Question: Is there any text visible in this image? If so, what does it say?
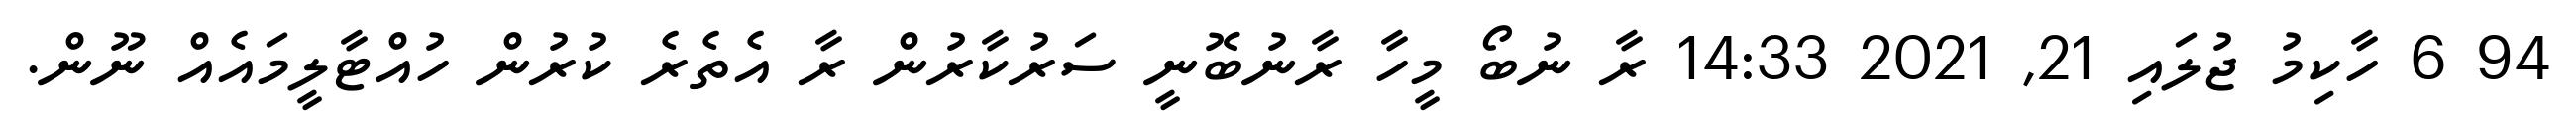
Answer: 94 6 ހާކިމު ޖުލައި 21, 2021 14:33 ރާ ނުބޯ މީހާ ރާނުބޮނީ ސަރުކާރުން ރާ އެތެރެ ކުރުން ހުއްޓާލީމައެއް ނޫން.